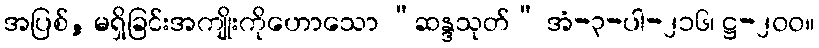
အပြစ်, မရှိခြင်းအကျိုးကိုဟောသော “ဆန္ဒသုတ်” အံ-၃-ပါ-၂၁၆၊ ဋ္ဌ-၂၀၀။